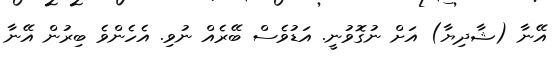
އޭނާ (ޝާދިޔާ) އަށް ނުގޮވުނީ. އަޑުވެސް ބޭރެއް ނުވި. އެހެންވެ ބިރުން އޭނާ